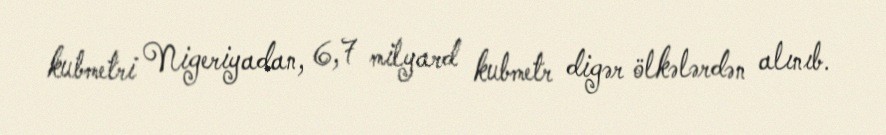
kubmetri Nigeriyadan, 6,7 milyard kubmetr digər ölkələrdən alınıb.